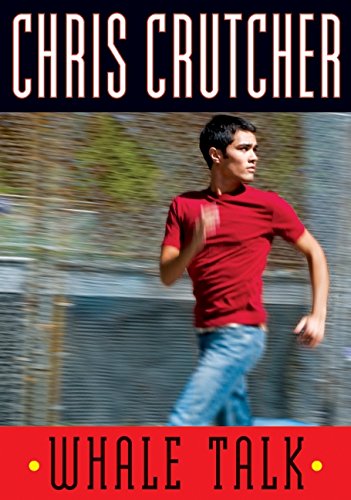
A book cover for Whale Talk; Chris Crutcher; Teen & Young Adult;